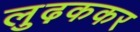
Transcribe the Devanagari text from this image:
लुढ़ककर